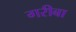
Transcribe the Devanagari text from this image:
गरीबा